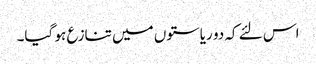
اس لئے کہ دو ریاستوں میں تنازع ہو گیا۔